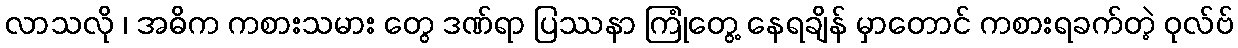
လာသလို ၊ အဓိက ကစားသမား တွေ ဒဏ်ရာ ပြဿနာ ကြုံတွေ့ နေရချိန် မှာတောင် ကစားရခက်တဲ့ ဝုလ်ဗ်